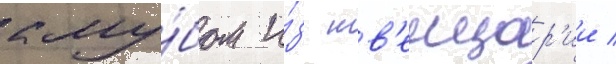
клу́бом и́з шв'еицар'ии /